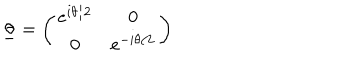
LaTeX: \underline { { { \theta } } } = \left( \begin{array} { c c } { { e ^ { i \theta / 2 } } } & { { 0 } } \\ { { 0 } } & { { e ^ { - i \theta / 2 } } } \\ \end{array} \right)